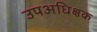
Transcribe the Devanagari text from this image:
उपअधिक्षक